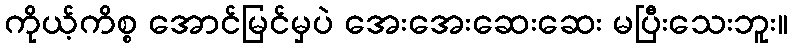
ကိုယ့်ကိစ္စ အောင်မြင်မှပဲ အေးအေးဆေးဆေး မပြီးသေးဘူး။